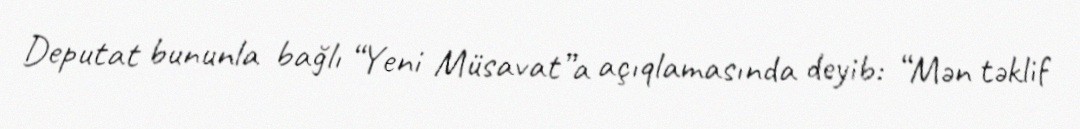
Deputat bununla bağlı “Yeni Müsavat”a açıqlamasında deyib: “Mən təklif